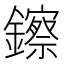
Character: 鑔